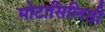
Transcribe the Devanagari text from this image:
मोटासिलिडी